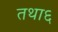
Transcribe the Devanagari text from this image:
तथा६